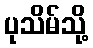
ပုသိမ်သို့